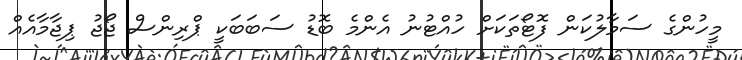
މީހުންގެ ސަމާލުކަން ފޮޓޯތަކަށް ހުއްޓުނު އެންމެ ބޮޑު ސަބަބަކީ ޕްރިންސް ޖޯޖު ޕިޖާމާއެއް